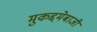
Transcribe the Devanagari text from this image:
मुकद्दमेबाजी